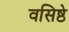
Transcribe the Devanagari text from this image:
वसिष्ठे